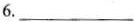
6.___